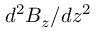
d ^ { 2 } B _ { z } / d z ^ { 2 }